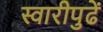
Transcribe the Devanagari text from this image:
स्वारीपुढें